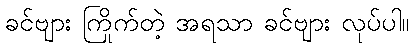
ခင်ဗျား ကြိုက်တဲ့ အရသာ ခင်ဗျား လုပ်ပါ။